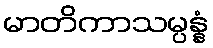
မာတိကာသမ္ပန္နံ